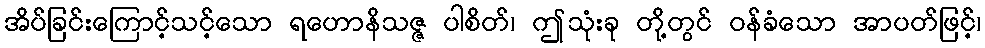
အိပ်ခြင်းကြောင့်သင့်သော ရဟောနိသဇ္ဇ ပါစိတ်၊ ဤသုံးခု တို့တွင် ဝန်ခံသော အာပတ်ဖြင့်၊